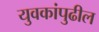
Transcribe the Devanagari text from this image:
युवकांपुढील